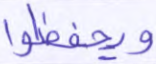
ويحفظوا